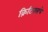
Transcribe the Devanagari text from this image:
क्रिटिक्सचे